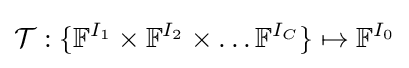
{\mathcal {T}}:\{{\mathbb {F} }^{I_{1}}\times {\mathbb {F} }^{I_{2}}\times \ldots {\mathbb {F} }^{I_{C}}\}\mapsto {\mathbb {F} }^{I_{0}}